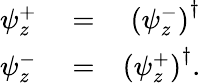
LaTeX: \begin{array}{rlr}{\psi_{z}^{+}}&{{}=}&{\left(\psi_{z}^{-}\right)^{\dagger}}\\ {\psi_{z}^{-}}&{{}=}&{\left(\psi_{z}^{+}\right)^{\dagger}.}\end{array}